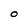
Character: O